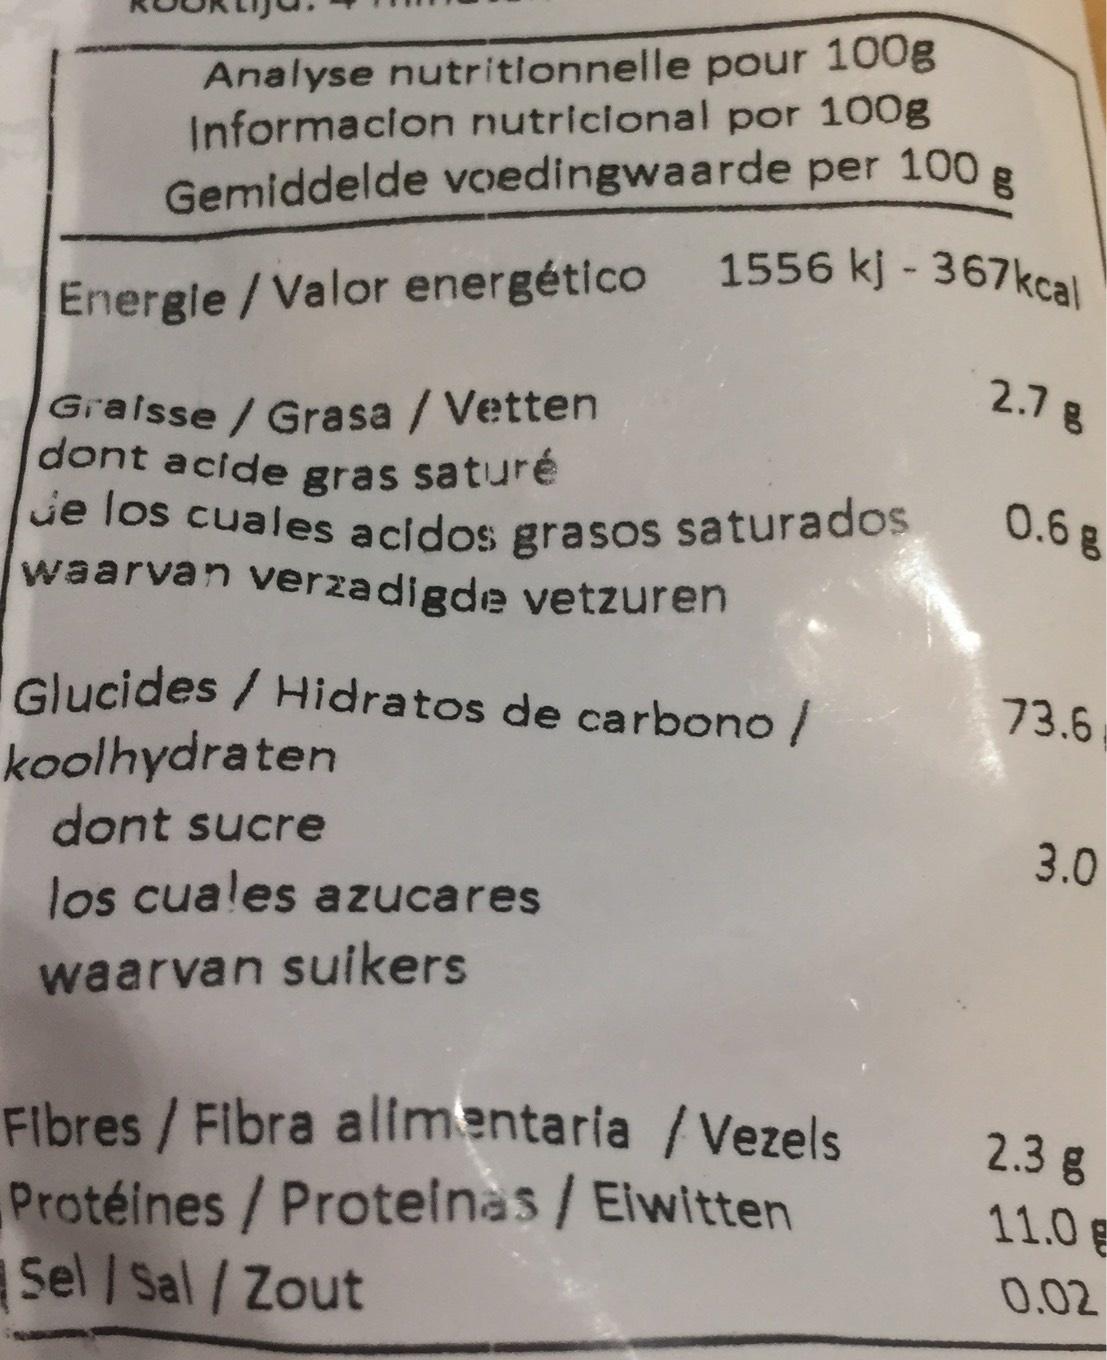
Analyse nutritionnelle pour 100g Informacion nutricional por 100g 100 Gemiddelde voedingwaarde per
Energie/Valor energético
1556 kj - 367kcal
Graisse/ Grasa / Vetten dont acide gras saturé de los cuales acidos grasos saturados
waarvan verzadigde vetzuren
Glucides/ Hidratos de carbono / koolhydraten
dont sucre
los cuales azucares waarvan suikers
Fibres/Fibra alimentaria / Vezels Protéines / Proteinas / Eiwitten Sel / Sal/Zout
2.78
0.6 g
73.6
3.0
2.3 g
11.0 €
0.02